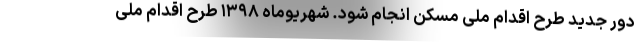
دور جدید طرح اقدام ملی مسکن انجام شود. شهریوماه ۱۳۹۸ طرح اقدام ملی